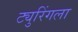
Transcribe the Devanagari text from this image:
ट्युरिंगला